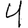
Digit: 4